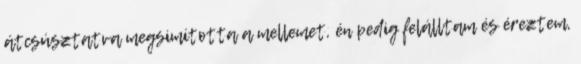
átcsúsztatva megsimította a mellemet, én pedig felálltam és éreztem,